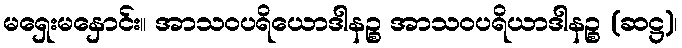
မရှေးမနှောင်း။ အာသဝပရိယောဒါနဉ္စ အာသဝပရိယာဒါနဉ္စ (ဆဋ္ဌ)၊